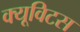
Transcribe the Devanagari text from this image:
क्यूविटस